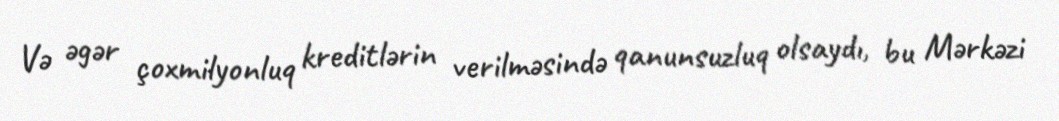
Və əgər çoxmilyonluq kreditlərin verilməsində qanunsuzluq olsaydı, bu Mərkəzi